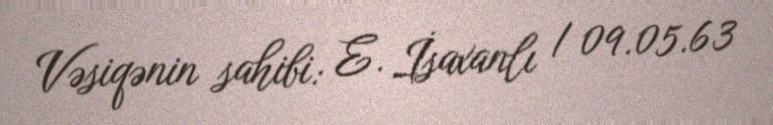
Vəsiqənin sahibi: E. İsaxanlı / 09.05.63